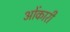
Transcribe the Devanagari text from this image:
ओंकारी